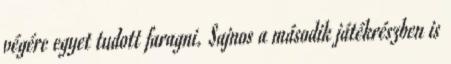
végére egyet tudott faragni. Sajnos a második játékrészben is